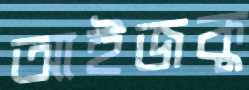
আইজকু